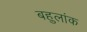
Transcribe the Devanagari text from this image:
बहुलांक